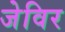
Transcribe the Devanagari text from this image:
जेविर